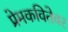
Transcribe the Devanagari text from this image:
प्रेमकवितेवर